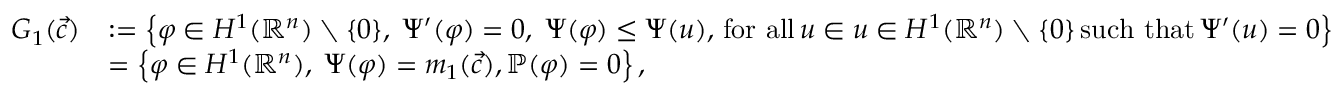
\begin{array} { r l } { G _ { 1 } ( { \vec { c } } ) } & { : = \left\{ \varphi \in { H ^ { 1 } ( \mathbb { R } ^ { n } ) } \setminus \{ 0 \} , \; \Psi ^ { \prime } ( \varphi ) = 0 , \; \Psi ( \varphi ) \leq \Psi ( u ) , \, \mathrm { f o r ~ a l l } \, u \in u \in { H ^ { 1 } ( \mathbb { R } ^ { n } ) } \setminus \{ 0 \} \, \mathrm { s u c h ~ t h a t } \, \Psi ^ { \prime } ( u ) = 0 \right\} } \\ & { = \left\{ \varphi \in { H ^ { 1 } ( \mathbb { R } ^ { n } ) } , \; \Psi ( \varphi ) = m _ { 1 } ( { \vec { c } } ) , \mathbb { P } ( \varphi ) = 0 \right\} , } \end{array}